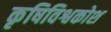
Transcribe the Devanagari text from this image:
कृषिविश्वकोश